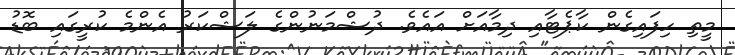
މީތި ހިފައިގެން ކާޕެޓާއި ދިމާއަށް އައެވެ. ދުޝްމަނުންގެ ލަޝްކަރު އެންމެ ކުރީގައި ބޮޑު